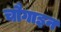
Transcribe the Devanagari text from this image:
चौगाइन